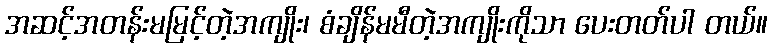
အဆင့်အတန်းမမြင့်တဲ့အကျိုး၊ စံချိန်မမီတဲ့အကျိုးကိုသာ ပေးတတ်ပါ တယ်။